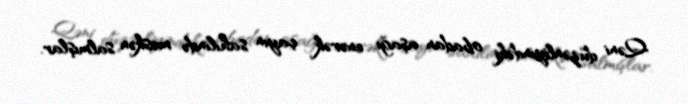
Qəni düzənliyindəki obadan aşağı enərək çayın sahilində məskən salmışlar.